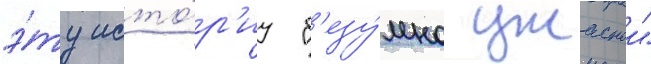
э́ту исто́р'иу "б'езу́мно ужаснои"